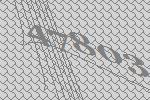
47803